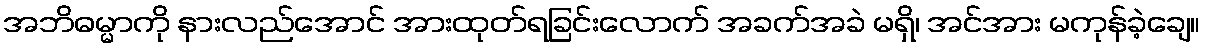
အဘိဓမ္မာကို နားလည်အောင် အားထုတ်ရခြင်းလောက် အခက်အခဲ မရှိ၊ အင်အား မကုန်ခဲ့ချေ။